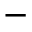
-